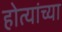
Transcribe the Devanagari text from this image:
होत्यांच्या